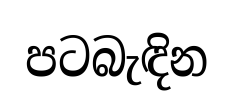
පටබැඳින